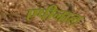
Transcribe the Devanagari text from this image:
एपीनाल